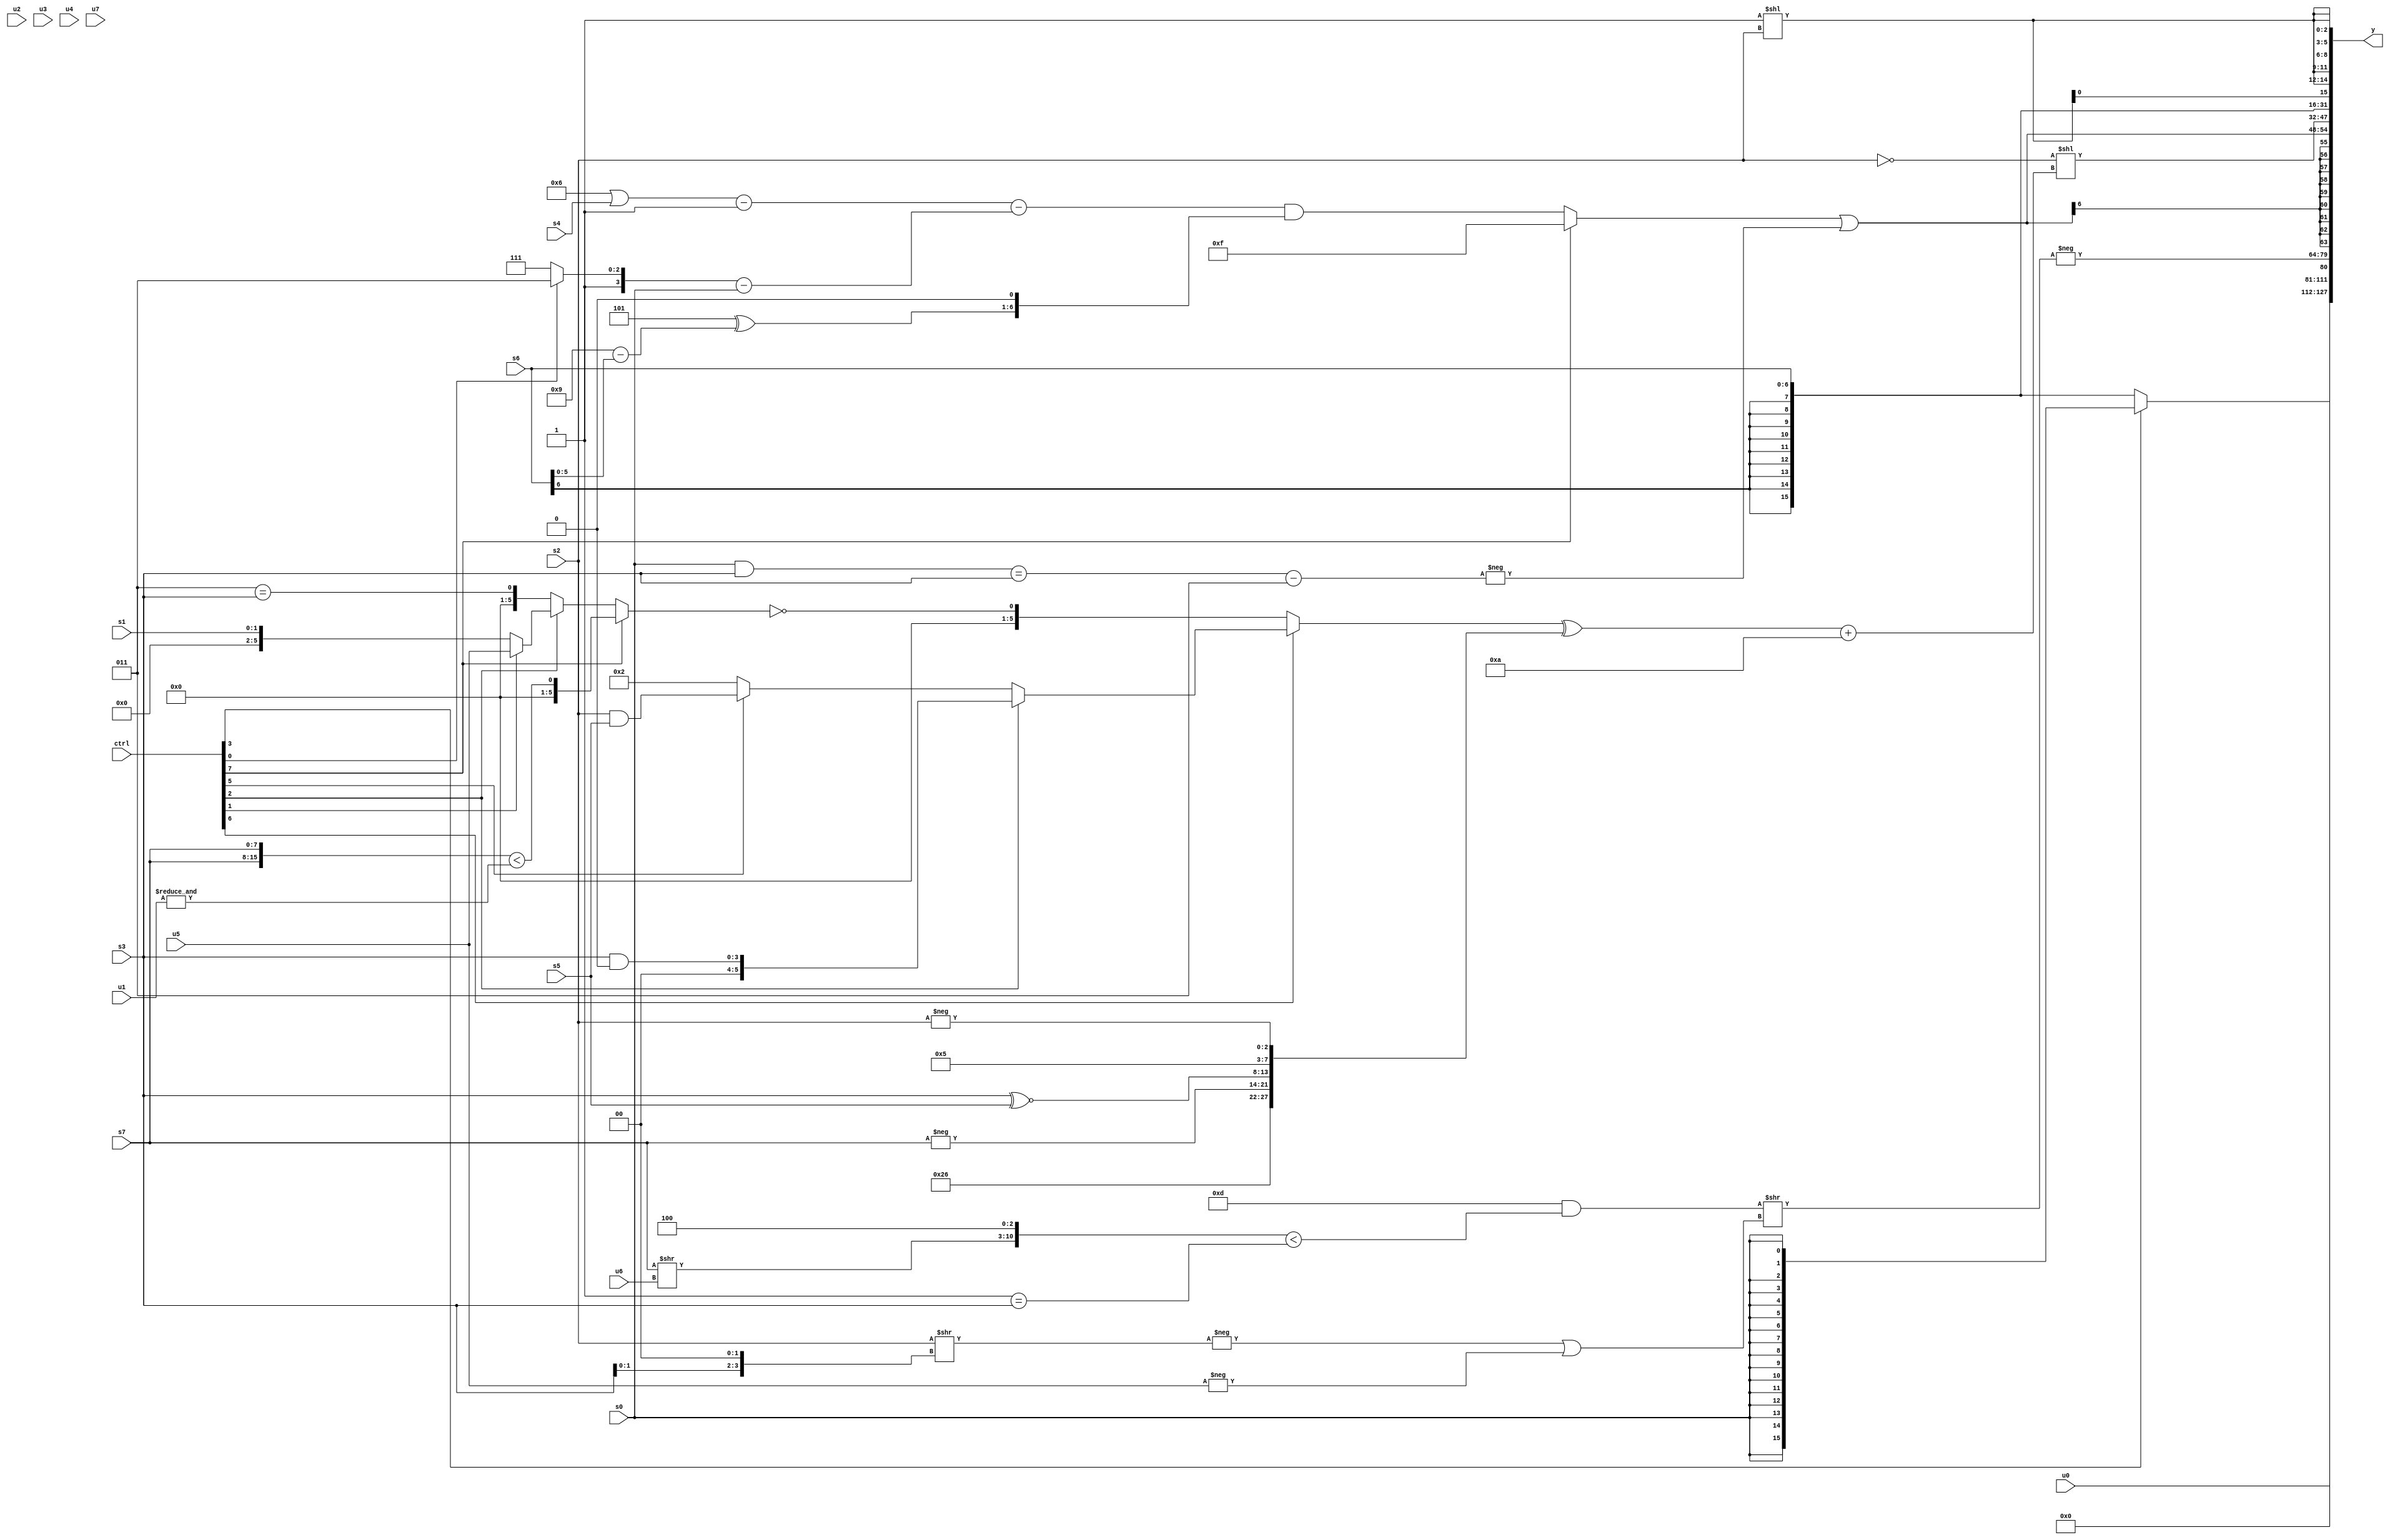
module wideexpr_00387(ctrl, u0, u1, u2, u3, u4, u5, u6, u7, s0, s1, s2, s3, s4, s5, s6, s7, y);
  input [7:0] ctrl;
  input [0:0] u0;
  input [1:0] u1;
  input [2:0] u2;
  input [3:0] u3;
  input [4:0] u4;
  input [5:0] u5;
  input [6:0] u6;
  input [7:0] u7;
  input signed [0:0] s0;
  input signed [1:0] s1;
  input signed [2:0] s2;
  input signed [3:0] s3;
  input signed [4:0] s4;
  input signed [5:0] s5;
  input signed [6:0] s6;
  input signed [7:0] s7;
  output [127:0] y;
  wire [15:0] y0;
  wire [15:0] y1;
  wire [15:0] y2;
  wire [15:0] y3;
  wire [15:0] y4;
  wire [15:0] y5;
  wire [15:0] y6;
  wire [15:0] y7;
  assign y = {y0,y1,y2,y3,y4,y5,y6,y7};
  assign y0 = (ctrl[3]?s0:$signed(s6));
  assign y1 = 1'sb0;
  assign y2 = u0;
  assign y3 = -(((5'b01101)&(({(s7)>>(u6),3'sb100})<(($unsigned(3'b001))==(s3))))>>((-((s2)>>((s3)<<<(3'sb010))))|(-(u5))));
  assign y4 = $signed(+(((ctrl[7]?5'sb01111:(((((2'sb00)|(4'sb0110))|($signed(s4)))-($signed(^(1'sb1))))-($signed(((ctrl[0]?6'sb111011:1'sb1))-(s0))))&($signed(((3'sb101)^((4'sb1001)-(s6)))<<<($unsigned(3'sb001))))))|(-(($signed(((s0)&($signed(s3)))==($signed($signed(s3)))))-(3'sb011)))));
  assign y5 = (~($signed(+({&({((5'sb10011)&(1'sb1))>>((ctrl[2]?s3:1'sb1)),(u7)<<<((2'sb01)<<<(4'sb0111)),(s7)>>(2'b11)}),s2}))))<<($signed((((ctrl[6]?(ctrl[2]?$signed((s3)&(2'sb00)):$signed((ctrl[5]?(s2)&(s5):3'sb010))):((ctrl[7]?({s7,s7})<(&(u1)):(ctrl[2]?(ctrl[1]?u5:s1):(3'sb011)==(s3))))==(1'sb0)))^({6'sb100110,-({1{s7}}),{($signed(+(s3)))^~(s5),$signed(5'sb00101)},$signed(-(s2))}))+(5'b01010)));
  assign y6 = s6;
  assign y7 = {3{{4{(3'sb111)<<(s2)}}}};
endmodule